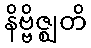
နိဗ္ဗိဇ္ဈတိ